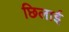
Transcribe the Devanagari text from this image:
छिलाई